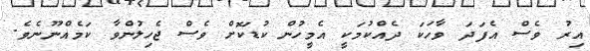
އިރު ވެސް އެފަދަ ވާހަކަ ދެއްކުމަކީ އެމީހުން ކުޑަކޮށް ވެސް ޖެހިލުންވާ ކަމެއްނޫނެވެ.